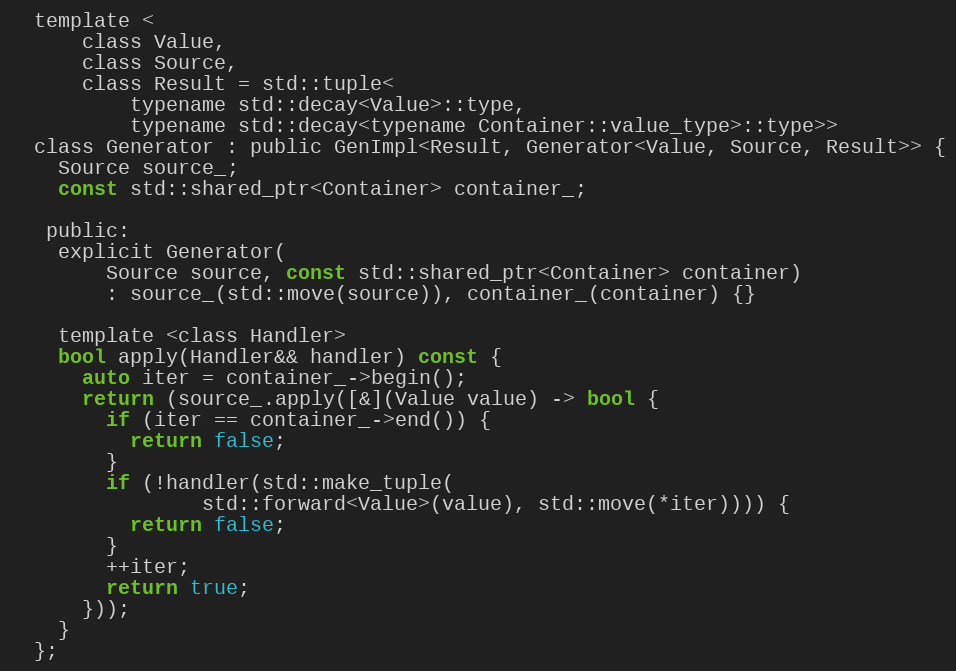
Language: C
  template <
      class Value,
      class Source,
      class Result = std::tuple<
          typename std::decay<Value>::type,
          typename std::decay<typename Container::value_type>::type>>
  class Generator : public GenImpl<Result, Generator<Value, Source, Result>> {
    Source source_;
    const std::shared_ptr<Container> container_;

   public:
    explicit Generator(
        Source source, const std::shared_ptr<Container> container)
        : source_(std::move(source)), container_(container) {}

    template <class Handler>
    bool apply(Handler&& handler) const {
      auto iter = container_->begin();
      return (source_.apply([&](Value value) -> bool {
        if (iter == container_->end()) {
          return false;
        }
        if (!handler(std::make_tuple(
                std::forward<Value>(value), std::move(*iter)))) {
          return false;
        }
        ++iter;
        return true;
      }));
    }
  };